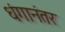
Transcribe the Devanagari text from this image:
धंगानंतर